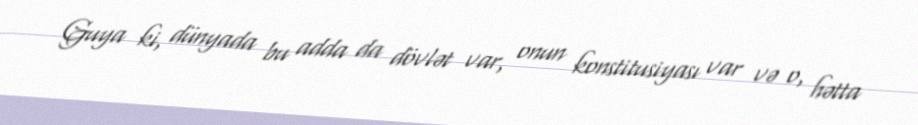
Guya ki, dünyada bu adda da dövlət var, onun konstitusiyası var və o, hətta